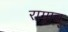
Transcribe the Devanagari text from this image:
राम्र्राव्